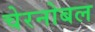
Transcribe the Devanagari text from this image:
चेरनोबल